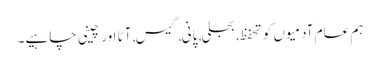
ہم عام آدمیوں کو تحفظ, بجلی, پانی, گیس, آٹا اور چینی چاہیے۔